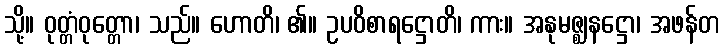
သို့။ ဝုတ္တံဝုတ္တော၊ သည်။ ဟောတိ၊ ၏။ ဥပဝိစာရဋ္ဌောတိ၊ ကား။ အနုမဇ္ဈနဋ္ဌော၊ အဖန်တ